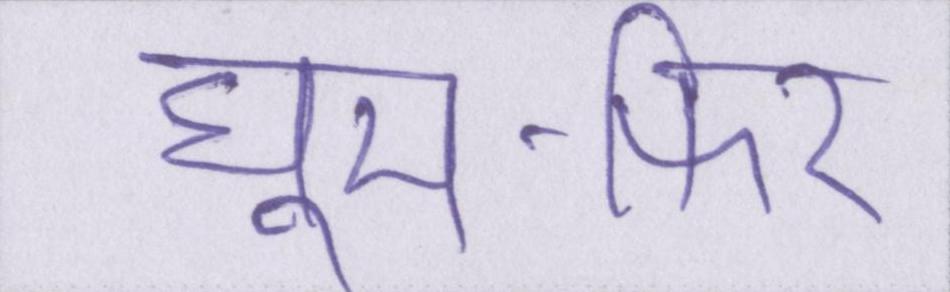
घूम-फिर